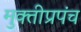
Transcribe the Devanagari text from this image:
मुक्तीप्रपंच